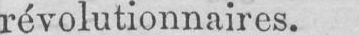
révolutionnaires.